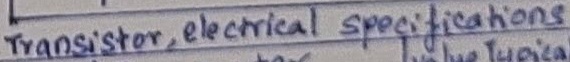
Text: Transistor, electrical specifications